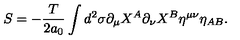
S = - \frac { T } { 2 a _ { 0 } } \int d ^ { 2 } \sigma \partial _ { \mu } X ^ { A } \partial _ { \nu } X ^ { B } \eta ^ { \mu \nu } \eta _ { A B } .